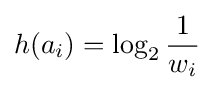
h(a_{i})=\log _{2}{1 \over w_{i}}